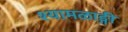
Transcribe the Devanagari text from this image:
श्यामळाङ्गी